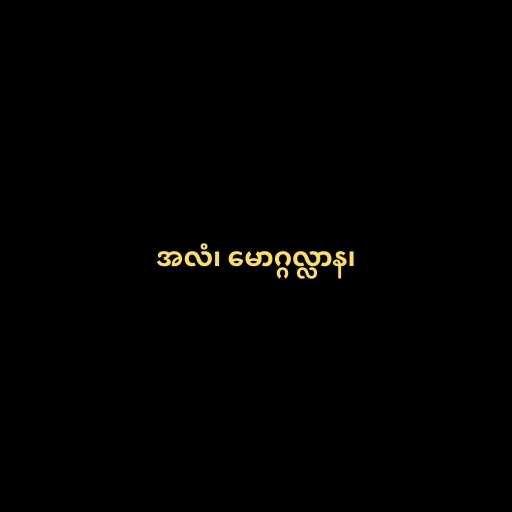
အလံ၊ မောဂ္ဂလ္လာန၊